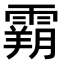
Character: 𩄤